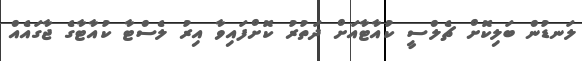
ލަނޑުން ބަލިކޮށް ޗެލްސީ ކުއާޓާއަށް ދަތުރު ކޮށްފައިވާ އިރު ލެސްޓާ ކުއާޓާގެ ޖާގައެއް